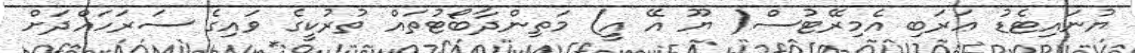
ޔުނައިޓެޑު ޢަރަބި އެމިރޭޓުސް( ޔޫ އޭ އީ) މަތިންދާބޯޓުތައް ތުރުކީގެ ވައިގެ ސަރަހައްދަށް